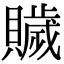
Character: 𧸗